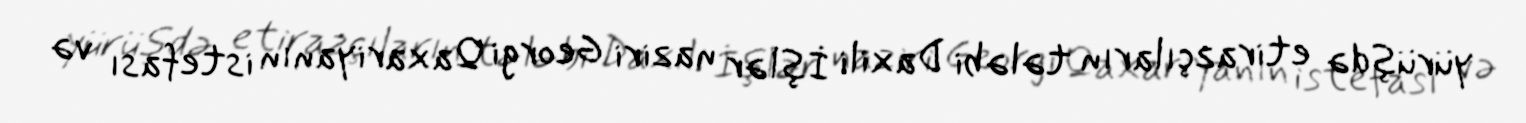
yürüşdə etirazçıların tələbi Daxili İşlər naziri Georgi Qaxariyanın istefası və